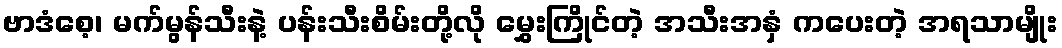
ဗာဒံစေ့၊ မက်မွန်သီးနဲ့ ပန်းသီးစိမ်းတို့လို မွှေးကြိုင်တဲ့ အသီးအနှံ ကပေးတဲ့ အရသာမျိုး